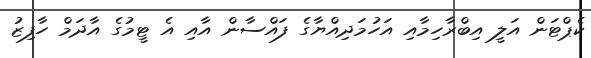
ކެޕްޓަން އަލީ އިބްރާހިމާއި އަހުމަދިއްޔާގެ ފައްސާން އާއި އެ ޓީމުގެ އާދަމް ހާފިޒު